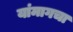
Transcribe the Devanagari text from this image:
यांमागचा